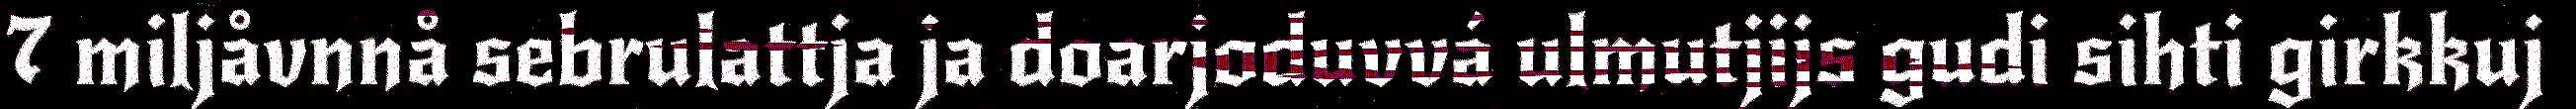
7 miljåvnnå sebrulattja ja doarjoduvvá ulmutjijs gudi sihti girkkuj